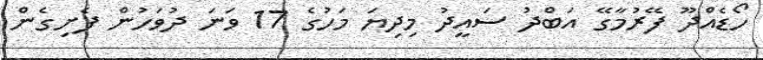
ހޯޑެއްދޫ ފޭރުމާގޭ އަބްދު ސައީދު މިދިޔަ މަހުގެ 17 ވަނަ ދުވަހުން ފެށިގެން